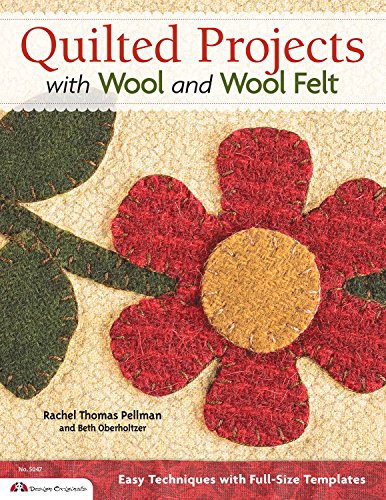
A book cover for Quilted Projects with Wool and Wool Felt: Easy Techniques with Full-Size Templates; Beth Oberholtzer; Crafts, Hobbies & Home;